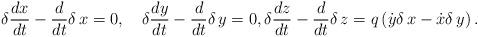
LaTeX: \begin{align*}\delta\dfrac{dx}{dt}-\dfrac{d}{dt}\delta\,x=0,\quad\delta\dfrac{dy}{dt}-\dfrac{d}{dt}\delta\,y=0,\delta\dfrac{dz}{dt}-\dfrac{d}{dt}\delta\,z=q\left(\dot{y}\delta\,x-\dot{x}\delta\,y\right).\end{align*}